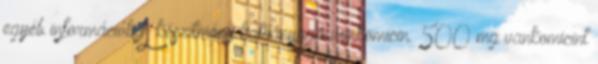
egyéb információk A készítmény hatóanyaga vankomicin. 500 mg vankomicint